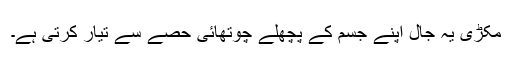
مکڑی یہ جال اپنے جسم کے پچھلے چوتھائی حصے سے تیار کرتی ہے۔